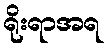
ရိုးရာအရ